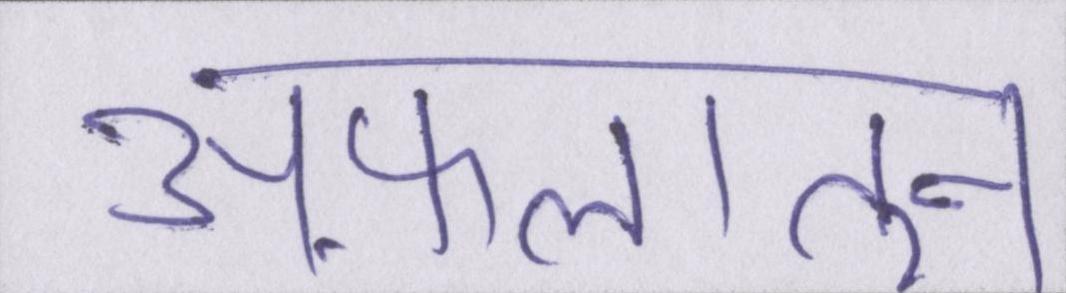
अफ़लातून